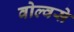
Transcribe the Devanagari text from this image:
वोल्वसे